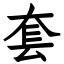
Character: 套